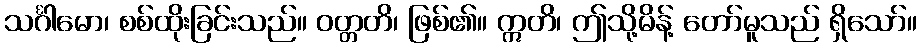
သင်္ဂါမော၊ စစ်ထိုးခြင်းသည်။ ဝတ္တတိ၊ ဖြစ်၏။ ဣတိ၊ ဤသို့မိန့် တော်မူသည် ရှိသော်။